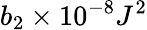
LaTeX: b_{2}\times 10^{-8}J^{2}